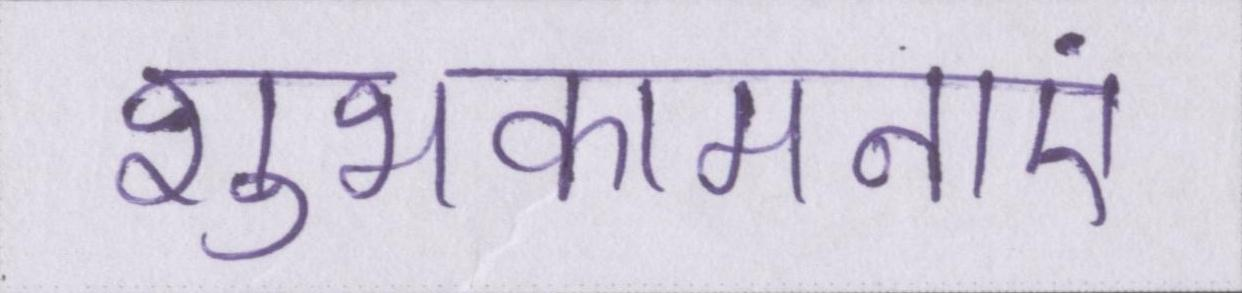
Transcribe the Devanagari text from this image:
शुभकामनाएं